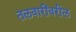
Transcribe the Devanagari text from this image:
तलवारींवरील